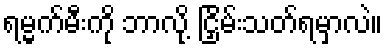
ရမ္မက်မီးကို ဘာလို့ ငြှိမ်းသတ်ရမှာလဲ။